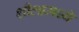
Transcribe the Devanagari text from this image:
शील्डमध्ये